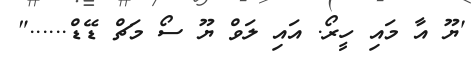
'ޔޫ އާ މައި ހީރޯ. އައި ލަވް ޔޫ ސޯ މަޗް ޑޭޑް......"